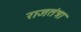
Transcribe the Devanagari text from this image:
राजतंत्रा